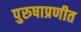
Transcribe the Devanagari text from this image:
पुरुषाप्रणीत